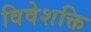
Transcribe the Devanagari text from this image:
विवेशक्ति